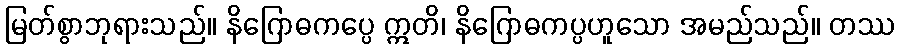
မြတ်စွာဘုရားသည်။ နိဂြောဓကပ္ပေ ဣတိ၊ နိဂြောဓကပ္ပဟူသော အမည်သည်။ တဿ